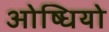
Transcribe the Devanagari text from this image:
ओष्धियो